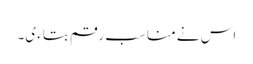
اس نے مناسب رقم بتاءی۔